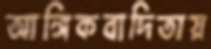
আঙ্গিকবাদিতায়